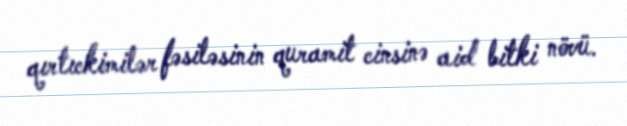
qırtıckimilər fəsiləsinin quramit cinsinə aid bitki növü.